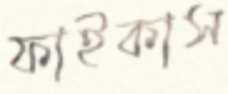
ফাইকাস